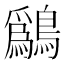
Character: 𫛔